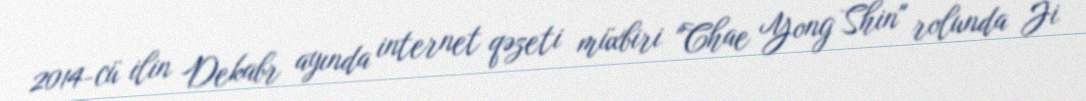
2014-cü ilin Dekabr ayında internet qəzeti müxbiri "Chae Yong Shin" rolunda Ji